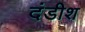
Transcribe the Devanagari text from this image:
दंडीश